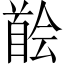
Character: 𩠠